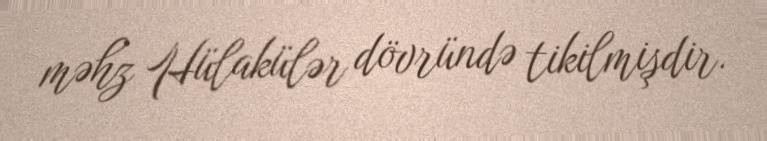
məhz Hülakülər dövründə tikilmişdir.